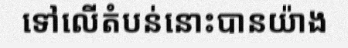
ទៅលើតំបន់នោះបានយ៉ាង